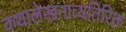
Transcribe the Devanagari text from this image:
कथालेखनाव्यतिरिक्त